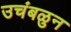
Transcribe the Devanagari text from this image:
उचंबळुन